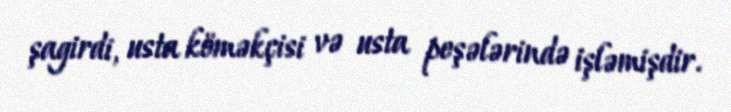
şagirdi, usta köməkçisi və usta peşələrində işləmişdir.